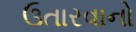
ઉતારવાનો